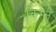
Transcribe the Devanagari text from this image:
किम्स